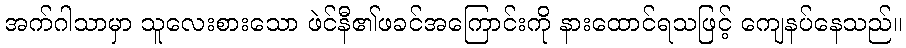
အက်ဂါသာမှာ သူလေးစားသော ဖဲင်နီ၏ဖခင်အကြောင်းကို နားထောင်ရသဖြင့် ကျေနပ်နေသည်။